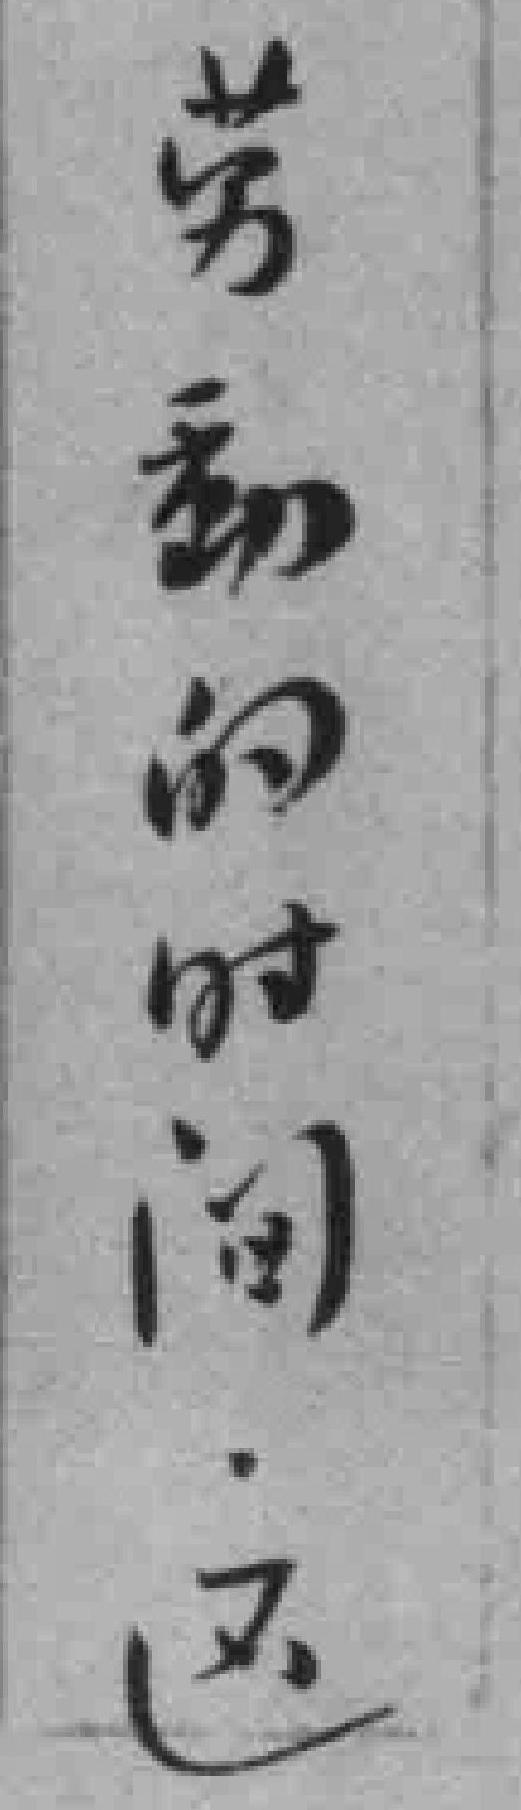
劳動的时间这